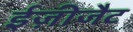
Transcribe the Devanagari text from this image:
ईज़ीजैट